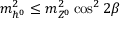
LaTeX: m _ { h ^ { 0 } } ^ { 2 } \leq m _ { Z ^ { 0 } } ^ { 2 } \cos ^ { 2 } 2 \beta